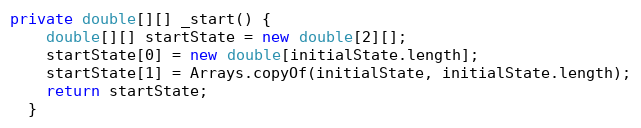
Language: Java
private double[][] _start() {
    double[][] startState = new double[2][];
    startState[0] = new double[initialState.length];
    startState[1] = Arrays.copyOf(initialState, initialState.length);
    return startState;
  }